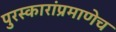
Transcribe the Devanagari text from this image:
पुरस्कारांप्रमाणेच